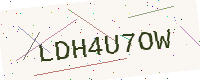
Text: LDH4U7OW